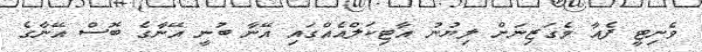
ވެނިޓީ ފެއާ މެގަޒިނަށް ލިޔުނު އާޓިކަލްއެއްގައި އޭނާ ބުނީ އޭނާގެ ބޮސް އޭނާގެ